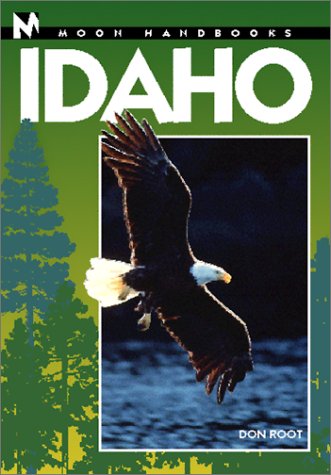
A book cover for Moon Handbooks Idaho (Moon Handbooks : Idaho, 4th ed); Don Root; Travel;